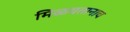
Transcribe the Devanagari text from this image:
मिळवतानाच